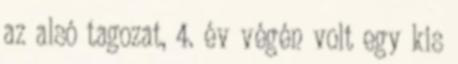
az alsó tagozat, 4. év végén volt egy kis